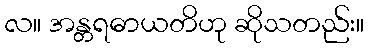
လ။ အန္တရဓာယတိဟု ဆိုသတည်း။